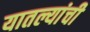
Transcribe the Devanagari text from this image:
यातल्यांची